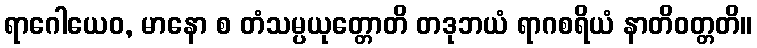
ရာဂေါယေဝ, မာနော စ တံသမ္ပယုတ္တောတိ တဒုဘယံ ရာဂစရိယံ နာတိဝတ္တတိ။